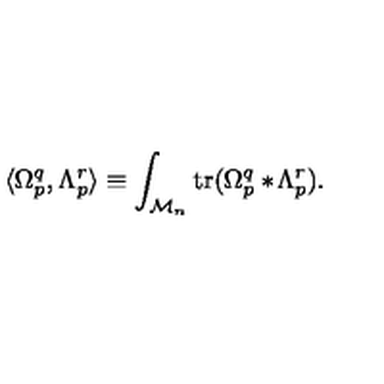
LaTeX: \langle \Omega _ { p } ^ { q } , \Lambda _ { p } ^ { r } \rangle \equiv \int _ { { \cal M } _ { n } } \mathrm { t r } ( \Omega _ { p } ^ { q } * \! \Lambda _ { p } ^ { r } ) .